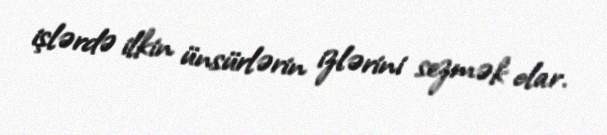
işlərdə ilkin ünsürlərin izlərini sezmək olar.